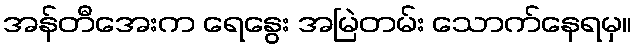
အန်တီအေးက ရေနွေး အမြဲတမ်း သောက်နေရမှ။